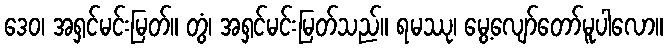
ဒေဝ၊ အရှင်မင်းမြတ်။ တွံ၊ အရှင်မင်းမြတ်သည်။ ရမဿု၊ မွေ့လျော်တော်မူပါလော။